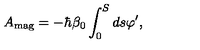
A _ { \mathrm { m a g } } = - \hbar \beta _ { 0 } \int _ { 0 } ^ { S } d s \varphi ^ { \prime } ,